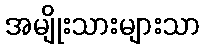
အမျိုးသားများသာ